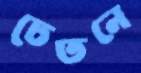
চেতনে